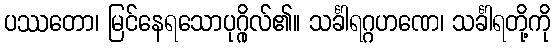
ပဿတော၊ မြင်နေရသောပုဂ္ဂိုလ်၏။ သင်္ခါရဂ္ဂဟဏေ၊ သင်္ခါရတို့ကို